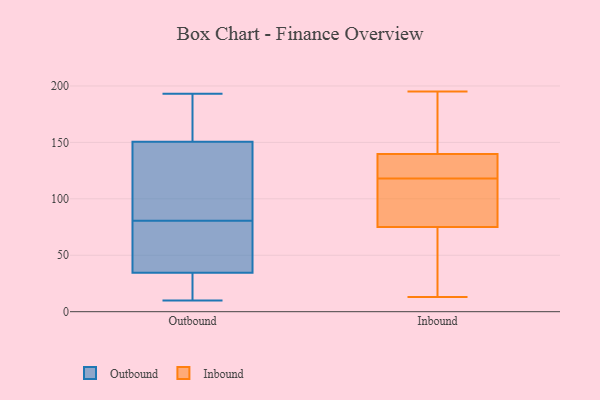
{"axis": {"x": "Energy Usage (MWh)", "y": "Value"}, "legend": ["Inbound", "Outbound"], "data": [{"x": "", "y": 154, "type": "Outbound"}, {"x": "", "y": 20, "type": "Outbound"}, {"x": "", "y": 10, "type": "Outbound"}, {"x": "", "y": 193, "type": "Outbound"}, {"x": "", "y": 147, "type": "Outbound"}, {"x": "", "y": 70, "type": "Outbound"}, {"x": "", "y": 117, "type": "Outbound"}, {"x": "", "y": 91, "type": "Outbound"}, {"x": "", "y": 48, "type": "Outbound"}, {"x": "", "y": 186, "type": "Outbound"}, {"x": "", "y": 39, "type": "Outbound"}, {"x": "", "y": 30, "type": "Outbound"}, {"x": "", "y": 19, "type": "Inbound"}, {"x": "", "y": 13, "type": "Inbound"}, {"x": "", "y": 79, "type": "Inbound"}, {"x": "", "y": 39, "type": "Inbound"}, {"x": "", "y": 195, "type": "Inbound"}, {"x": "", "y": 123, "type": "Inbound"}, {"x": "", "y": 152, "type": "Inbound"}, {"x": "", "y": 129, "type": "Inbound"}, {"x": "", "y": 95, "type": "Inbound"}, {"x": "", "y": 114, "type": "Inbound"}, {"x": "", "y": 145, "type": "Inbound"}, {"x": "", "y": 138, "type": "Inbound"}, {"x": "", "y": 194, "type": "Inbound"}, {"x": "", "y": 118, "type": "Inbound"}, {"x": "", "y": 63, "type": "Inbound"}, {"x": "", "y": 86, "type": "Inbound"}, {"x": "", "y": 121, "type": "Inbound"}]}